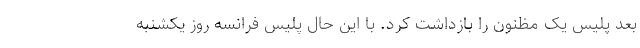
بعد پلیس یک مظنون را بازداشت کرد. با این حال پلیس فرانسه روز یکشنبه